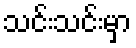
သင်းသင်းမှာ